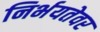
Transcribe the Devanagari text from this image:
निर्भयतेवर